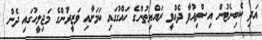
އަދި ކެބިނެޓުން އިސްތިއުފާ ދެއްވީ ރައްޔިތުންގެ ހައްގުގައި ކަމަށާއި ވަޒީރުންގެ މަޖިލީހުގައި ދެން